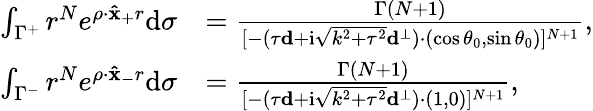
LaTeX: \begin{array}{rl}{\int_{\Gamma^{+}}r^{N}e^{\rho\cdot\mathbf{\hat{x}_{+}}r}\mathrm d\sigma}&{={\frac{\Gamma(N+1)}{[-(\tau\mathbf d+\mathrm i\sqrt{{k^{2}}+{\tau^{2}}}{\mathbf d^{\bot}})\cdot(\cos{\theta_{0}},\sin{\theta_{0}})]^{N+1}}},}\\ {\int_{\Gamma^{-}}r^{N}e^{\rho\cdot\mathbf{\hat{x}_{-}}r}\mathrm d\sigma}&{={\frac{\Gamma(N+1)}{[{-(\tau\mathbf d+\mathrm i\sqrt{{k^{2}}+{\tau^{2}}}{\mathbf d^{\bot}})\cdot(1,0)}]^{N+1}}},}\end{array}